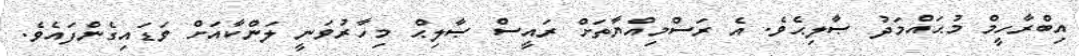
އިބްރާހީމް މުޙައްމަދު ޞާލިޙެވެ. އެ ރަސްމިއްޔާތަށް ރައީސް ޞާލިޙް މިހާރުވަނީ ލަންކާއަށް ވަޑައިގެންފައެވެ.